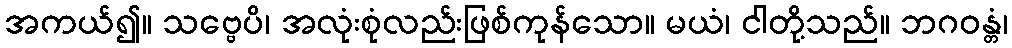
အကယ်၍။ သဗ္ဗေပိ၊ အလုံးစုံလည်းဖြစ်ကုန်သော။ မယံ၊ ငါတို့သည်။ ဘဂဝန္တံ၊